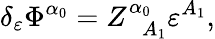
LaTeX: \delta_{\varepsilon}\Phi^{\alpha_{0}}=Z_{\; \; A_{1}}^{\alpha_{0}}\varepsilon^{A_{1}},